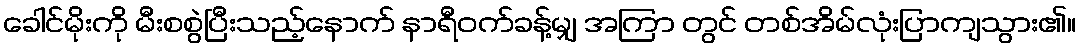
ခေါင်မိုးကို မီးစစွဲပြီးသည့်နောက် နာရီဝက်ခန့်မျှ အကြာ တွင် တစ်အိမ်လုံးပြာကျသွား၏။